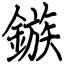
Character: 鏃